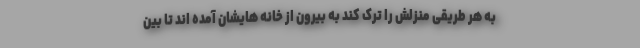
به هر طریقی منزلش را ترک کند به بیرون از خانه هایشان آمده اند تا بین